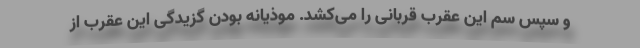
و سپس سم این عقرب قربانی را می‌کشد. موذیانه بودن گزیدگی این عقرب از